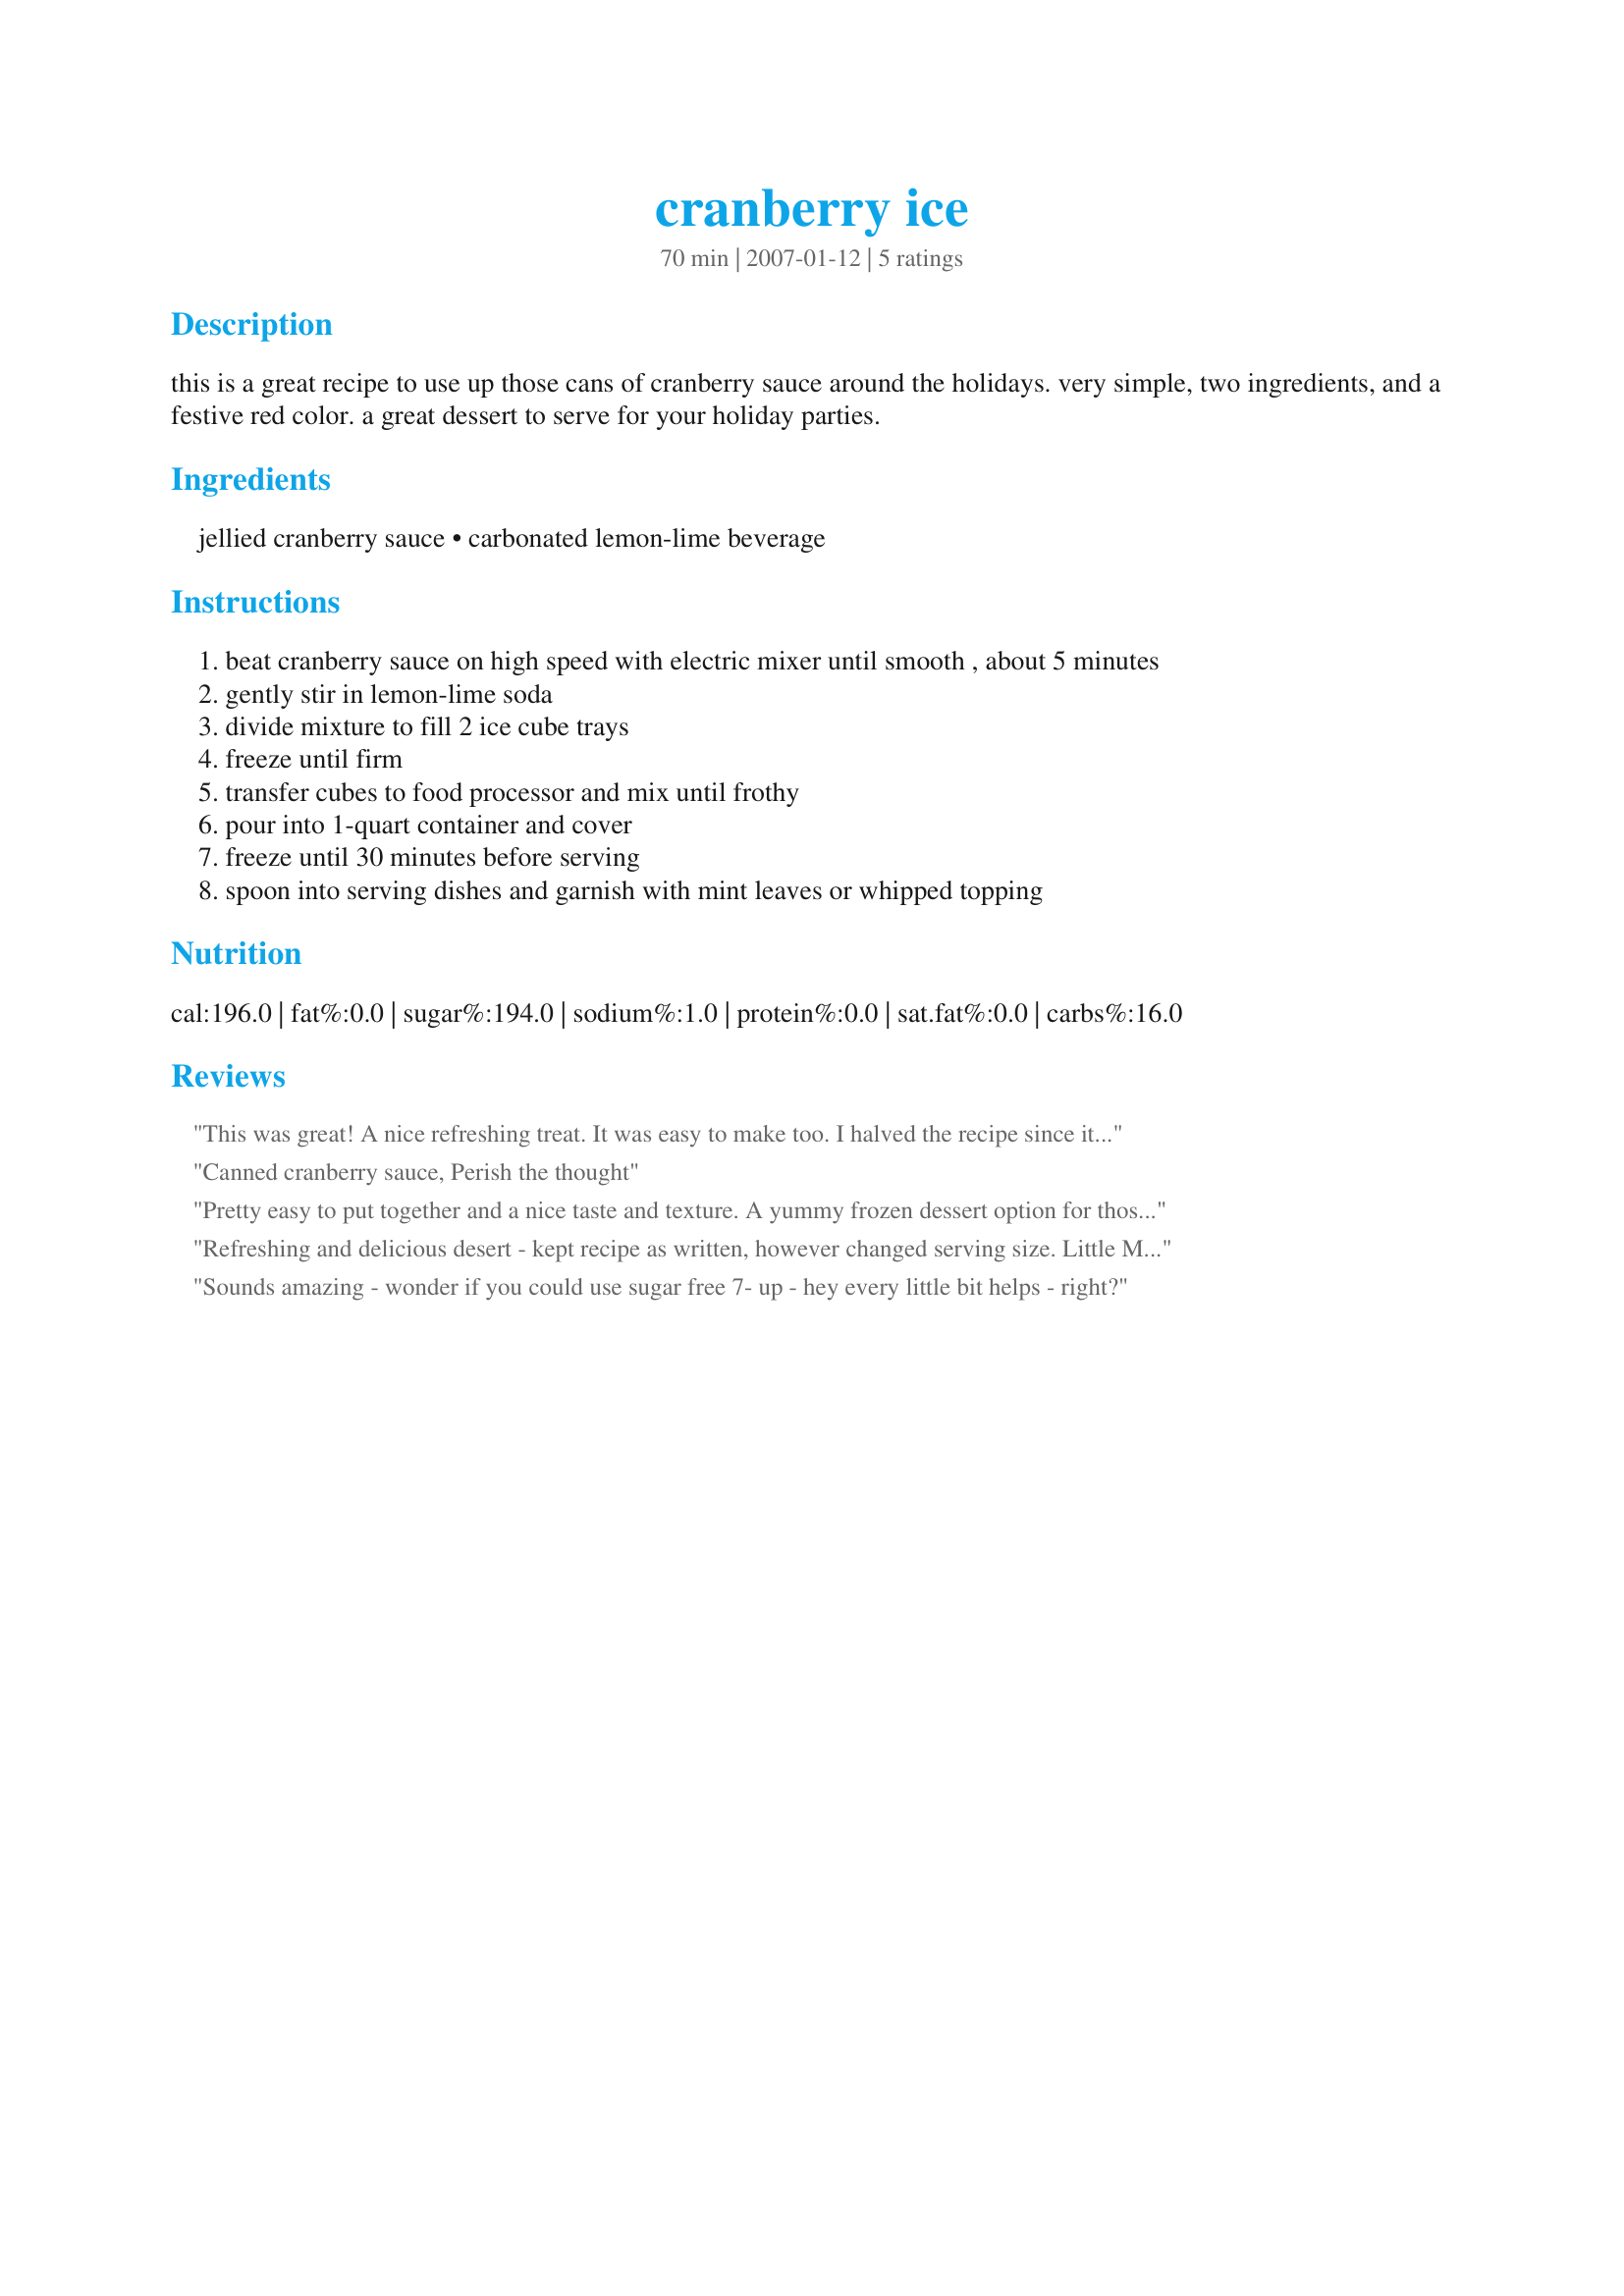
cranberry ice
Preparation time: 70 minutes

this is a great recipe to use up those cans of cranberry sauce around the holidays. very simple, two ingredients, and a festive red color. a great dessert to serve for your holiday parties.

Ingredients:
jellied cranberry sauce, carbonated lemon-lime beverage

Steps:
beat cranberry sauce on high speed with electric mixer until smooth , about 5 minutes
gently stir in lemon-lime soda
divide mixture to fill 2 ice cube trays
freeze until firm
transfer cubes to food processor and mix until frothy
pour into 1-quart container and cover
freeze until 30 minutes before serving
spoon into serving dishes and garnish with mint leaves or whipped topping

Reviews:
This was great! A nice refreshing treat. It was easy to make too. I halved the recipe since it halves so easy, but I wish I wouldn't have. I guess I'll just have to make more. This would be a nice dessert after a heavy thanksgiving dinner.
Canned cranberry sauce, Perish the thought
Pretty easy to put together and a nice taste and texture. A yummy frozen dessert option for those who may be avoiding dairy. Also a good idea to use up that cranberry sauce that may have been sitting around in your cupboard for a while. Thanks for the recipe.
Refreshing and delicious desert - kept recipe as written, however changed serving size. Little Miss and I ate our share after we have crushed it with a food processor. Hubby was late for dinner and ate his after a few hours after been in the freezer. Either way it was still perfect. Thank you and rest in peace Amy (Redneck Epicurean)
Sounds amazing - wonder if you could use sugar free 7- up - hey every little bit helps - right?
